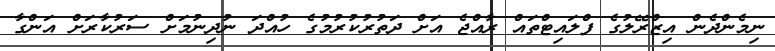
ނިމެންދެން އިޒްރޭލުގެ ފްލައިޓްތައް ރާއްޖެ އަށް ދަތުރުކުރުމުގެ ހުއްދަ ނުދިނުމަށް ސަރުކާރަށް އަންގާ